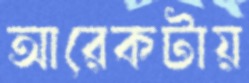
আরেকটায়